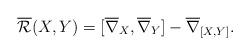
LaTeX: \begin{align*} \overline{\mathcal R}(X,Y)=[\overline{\nabla}_X,\overline{\nabla}_Y]-\overline{\nabla}_{[X,Y]}. \end{align*}